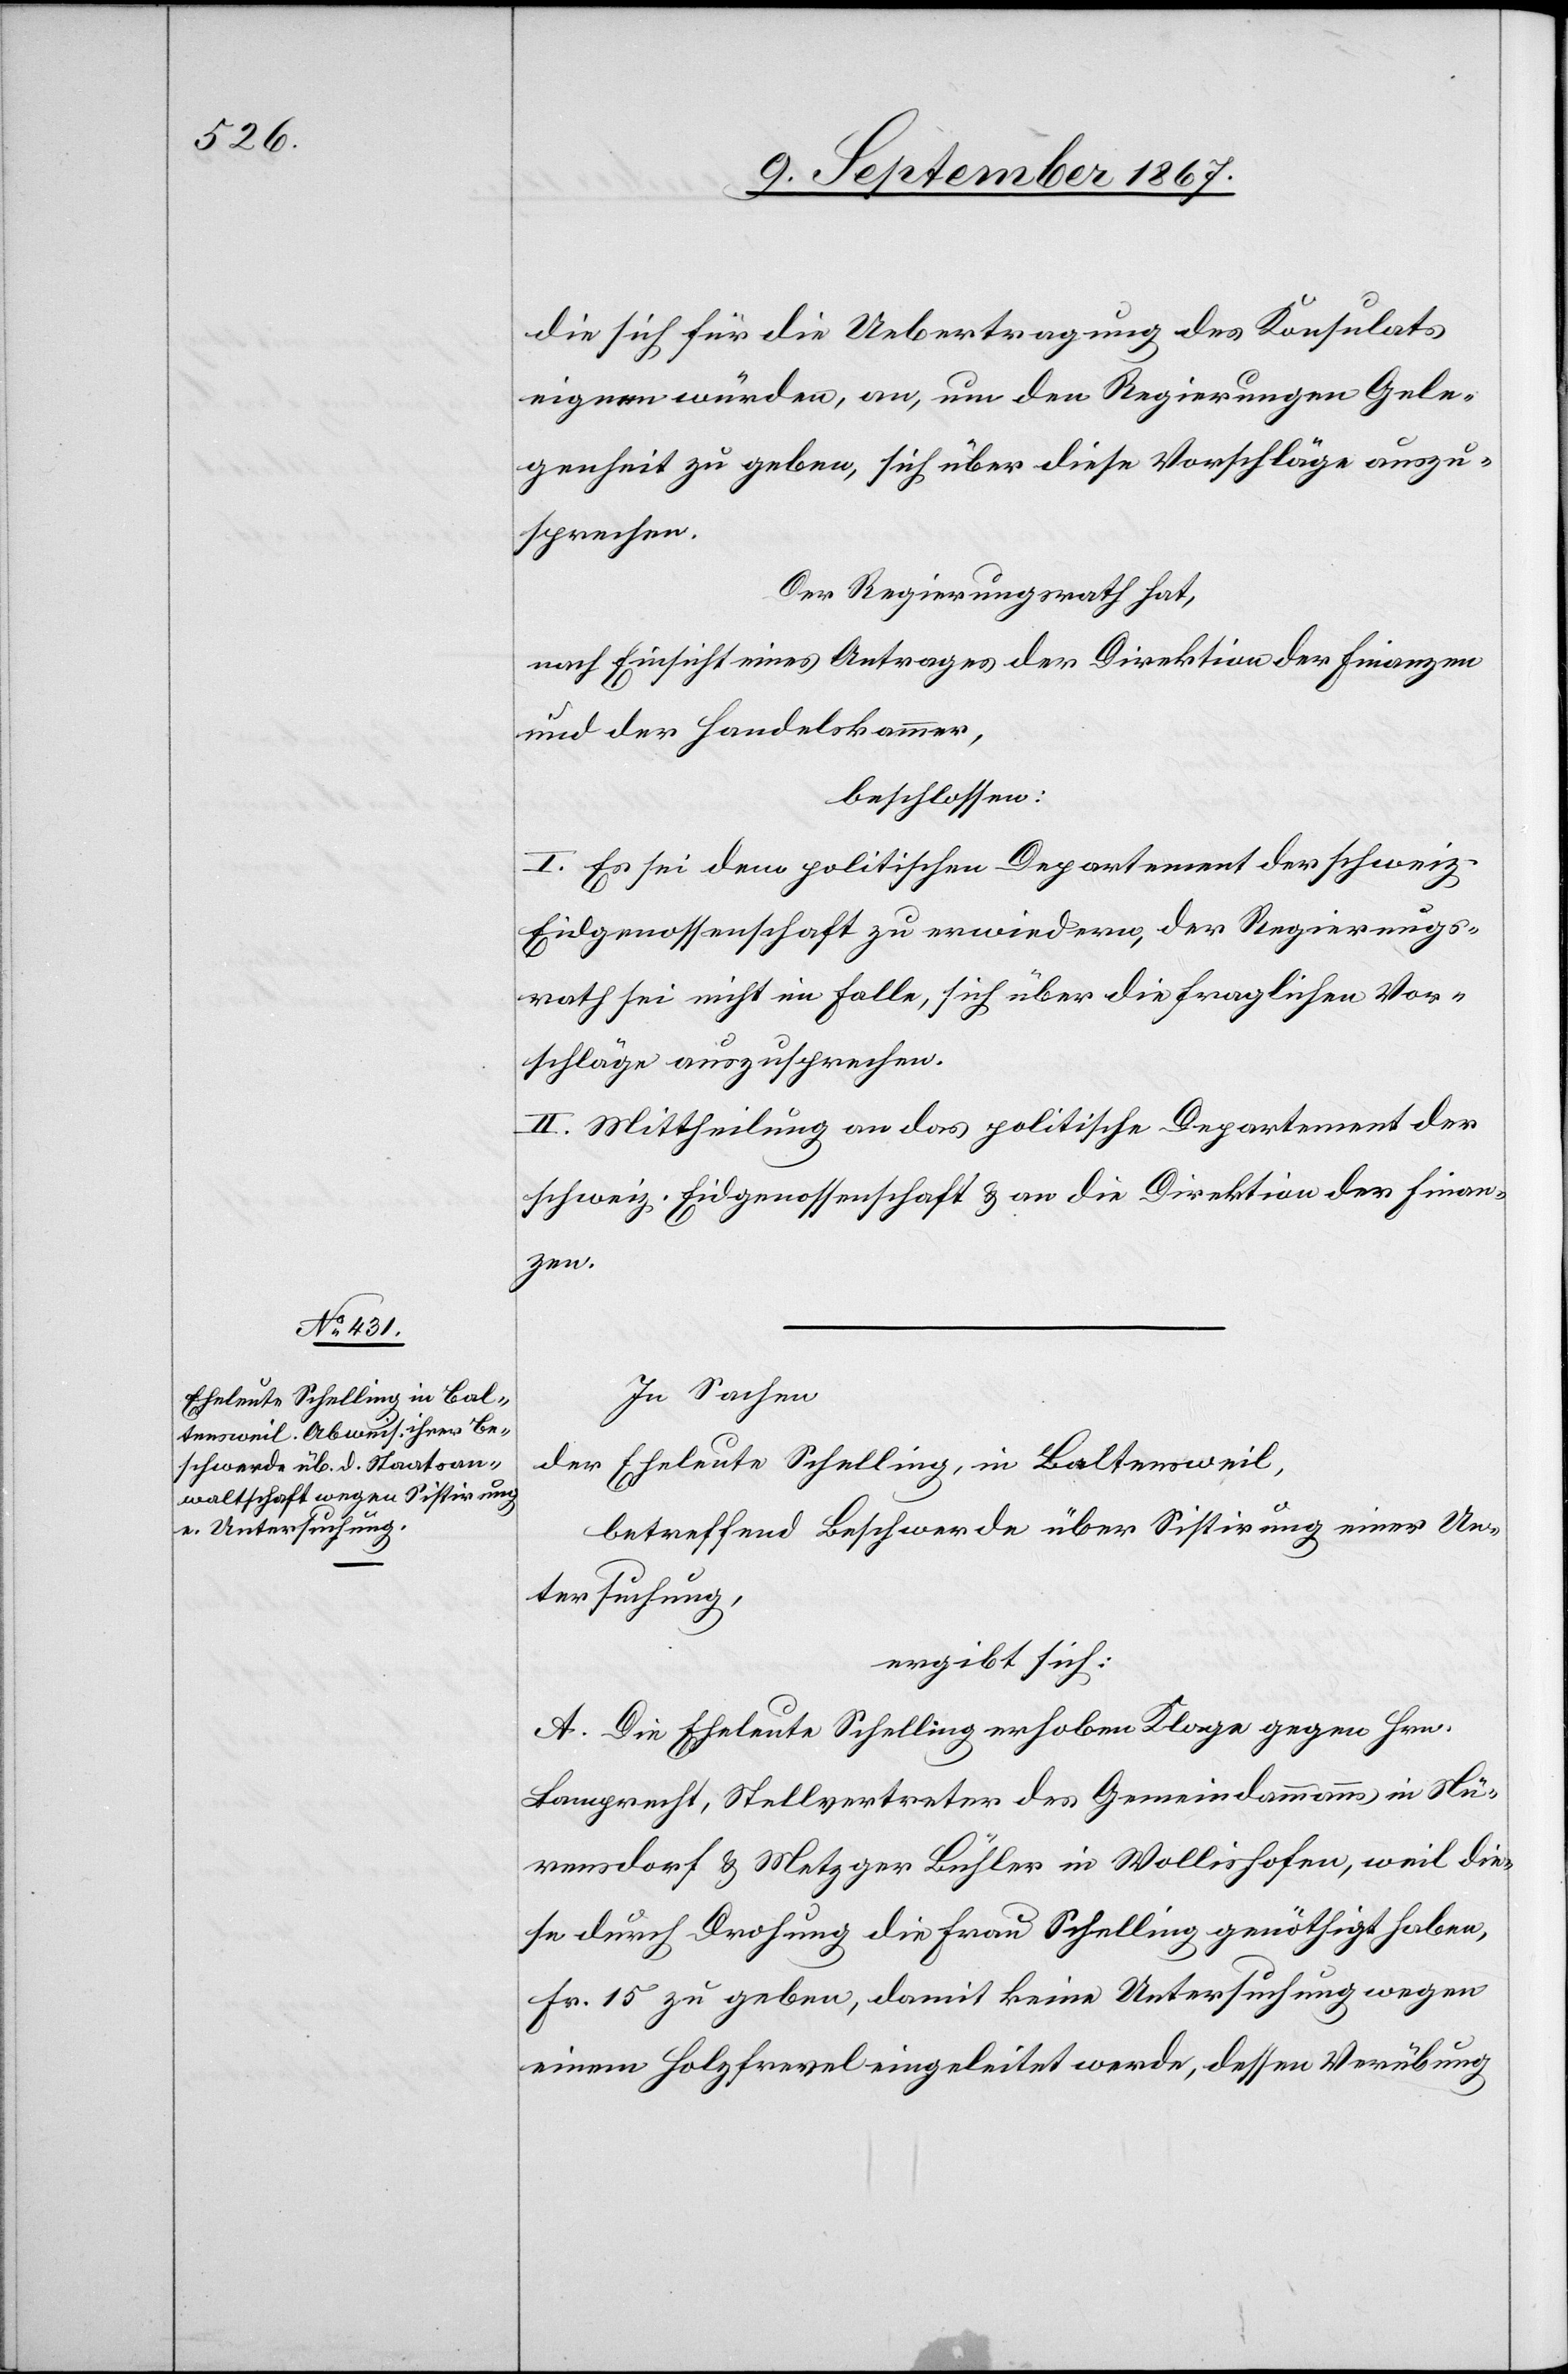
die sich für die Uebertragung des Konsulats
eignen würden, an, um den Regierungen Gele¬
genheit zu geben, sich über diese Vorschläge auszu¬
sprechen.
Der Regierungsrath hat,
nach Einsicht eines Antrages der Direktion der Finanzen
und der Handelskammer,
beschlossen:
I. Es sei dem politischen Departement der schweiz.
Eidgenossenschaft zu erwiedern, der Regierungs¬
rath sei nicht im Falle, sich über die fraglichen Vor¬
schläge auszusprechen.
II. Mittheilung an das politische Departement der
schweiz. Eidgenossenschaft und die Direktion der Finan¬
zen.
In Sachen
der Eheleute Schelling, in Baltensweil,
betreffend Beschwerde über Sistirung einer Un¬
tersuchung,
ergibt sich:
A. Die Eheleute Schelling erhoben Klage gegen Hrn.
Lamprecht, Stellvertreter des Gemeindammanns in Nü¬
rensdorf u. Metzger Bühler in Wollishofen, weil die¬
se durch Drohung die Frau Schelling genöthigt haben,
Fr. 15 zu geben, damit keine Untersuchung wegen
einem Holzfrevel eingeleitet werde, dessen Verübung